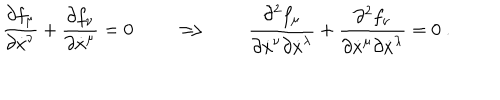
\frac { \partial f _ { \mu } } { \partial \dot { x } ^ { \nu } } + \frac { \partial f _ { \nu } } { \partial \dot { x } ^ { \mu } } = 0 \qquad \Longrightarrow \qquad \frac { \partial ^ { 2 } f _ { \mu } } { \partial \dot { x } ^ { \nu } \partial \dot { x } ^ { \lambda } } + \frac { \partial ^ { 2 } f _ { \nu } } { \partial \dot { x } ^ { \mu } \partial \dot { x } ^ { \lambda } } = 0 \ .